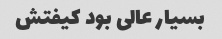
بسیار عالی بود کیفتش